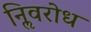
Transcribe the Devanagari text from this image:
निॢवरोध